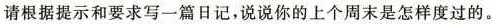
请根据提示和要求写一篇日记，说说你的上个周末是怎样度过的。